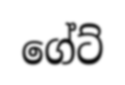
ගේට්